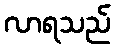
လာရသည်